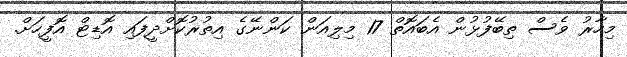
މިހާރު ވެސް ތިބޭފުޅުން އެބައޮތް 17 މިލިއަން ކަންނޭގެ އިތުރުކޮށްދީފައި އޮޑިޓް އޮފީހަށް.